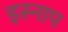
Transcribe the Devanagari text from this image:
इस्नाप